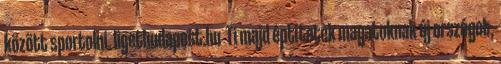
között sportolni. ligetbudapest.hu Ti majd éptítetek magatoknak új országot,